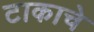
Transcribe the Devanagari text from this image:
टाकाचे